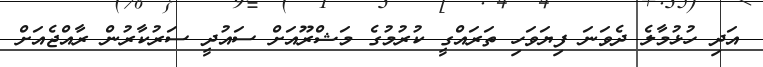
އަދި ހުޅުމާލެ ދެވަނަ ފިޔަވަހި ތަރައްގީ ކުރުމުގެ މަޝްރޫއަށް ސައުދީ ސަރުކާރުން ރާއްޖެއަށް